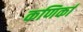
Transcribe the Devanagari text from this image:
कणिर्का